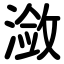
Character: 潋